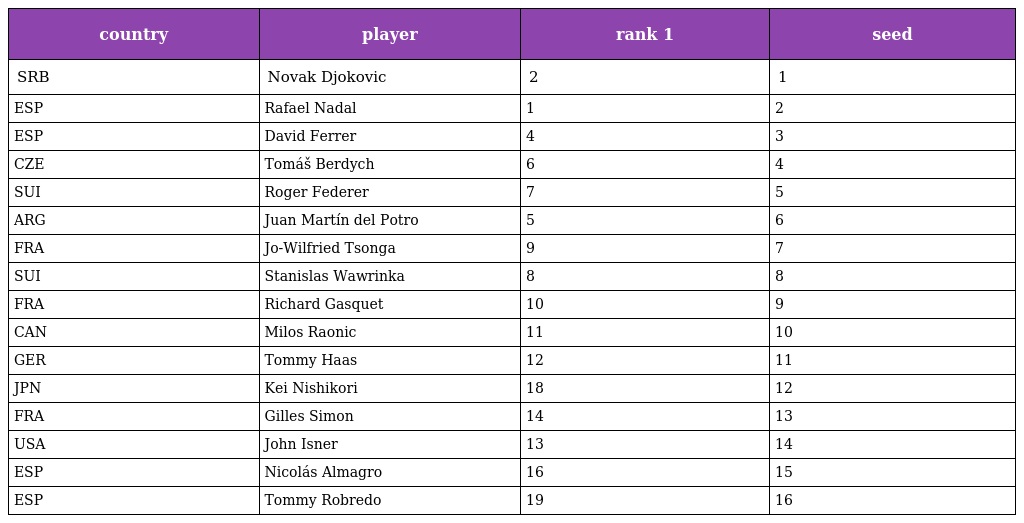
| country | player | rank 1 | seed |
 | --- | --- | --- | --- |
 | SRB | Novak Djokovic | 2 | 1 |
 | ESP | Rafael Nadal | 1 | 2 |
 | ESP | David Ferrer | 4 | 3 |
 | CZE | Tomáš Berdych | 6 | 4 |
 | SUI | Roger Federer | 7 | 5 |
 | ARG | Juan Martín del Potro | 5 | 6 |
 | FRA | Jo-Wilfried Tsonga | 9 | 7 |
 | SUI | Stanislas Wawrinka | 8 | 8 |
 | FRA | Richard Gasquet | 10 | 9 |
 | CAN | Milos Raonic | 11 | 10 |
 | GER | Tommy Haas | 12 | 11 |
 | JPN | Kei Nishikori | 18 | 12 |
 | FRA | Gilles Simon | 14 | 13 |
 | USA | John Isner | 13 | 14 |
 | ESP | Nicolás Almagro | 16 | 15 |
 | ESP | Tommy Robredo | 19 | 16 |